system: You are a helpful assistant.
user:
Analyze the provided spectrum to determine if it is a **S-type Star**.

- **Key Indicators for S-type Star:**

    - **(Overall Spectrum Shape):** The first and most obvious characteristic is the overall continuum (the "baseline" shape). It is **extremely "red-sloping,"** meaning the flux (light intensity) is very low on the left side (blue, ~4000-4500 Å) and rises steeply and continuously toward the right side (red, ~7000 Å+).

    - **(Primary):** The spectrum is defined by the presence of strong, broad molecular absorption "valleys" (bands) from **Zirconium Oxide (ZrO)**. The identification of these bands is the **primary requirement** for classifying a star as S-type.
        - **(Key Bandheads):** You must find distinct, deep "dips" where the light has been absorbed. The most critical band systems to locate are:
            - **~6474 Å** ($\gamma$-system): This is often the strongest and clearest ZrO feature, found in the red part of the spectrum.
            - **~5718 Å** & **~5551 Å** ($\beta$-system): A pair of prominent absorption features in the yellow-orange part of the spectrum.
            - **~4640 Å** ($\alpha$-system): A key absorption band system in the blue-green region of the spectrum.

    - **(Secondary Confirmation):** The classification is strengthened by finding additional absorption bands from other related heavy element oxides, which are expected to be present alongside ZrO.
        - **(Key Bandheads):**
            - **Yttrium Oxide (YO):** Look for absorption dips near **~4800 Å** and **~6100 Å**.
            - **Lanthanum Oxide (LaO):** Additional absorption features, particularly in the red-orange part of the spectrum, are also characteristic.

    - **(Line Profile):** The combination of the steep red continuum and these numerous, deep molecular bands (ZrO, YO, etc.) gives the entire spectrum a very **"chopped-up"** or **"bumpy"** appearance. Instead of a smooth curve, the spectrum looks as though large, wide chunks of light have been "carved out" of it at the specific wavelengths listed above.

Think first, call **spectral_visualization_tool** if needed to examine features in detail, then provide your final answer. Your response must adhere to the following strict rules:
1.  **Overall Structure:** Your response must follow the format `<think>...</think> <tool_call>...</tool_call> (if a tool is used) <answer>...</answer>`.
2.  **Tool Usage Constraint:** You may only make **one** tool call per turn.
3.  **Final Answer Format:** In the `<answer>` tag, your conclusion must be inside a `\boxed{}` command (e.g., `\boxed{YES}` or `\boxed{NO}`), followed by your justification.

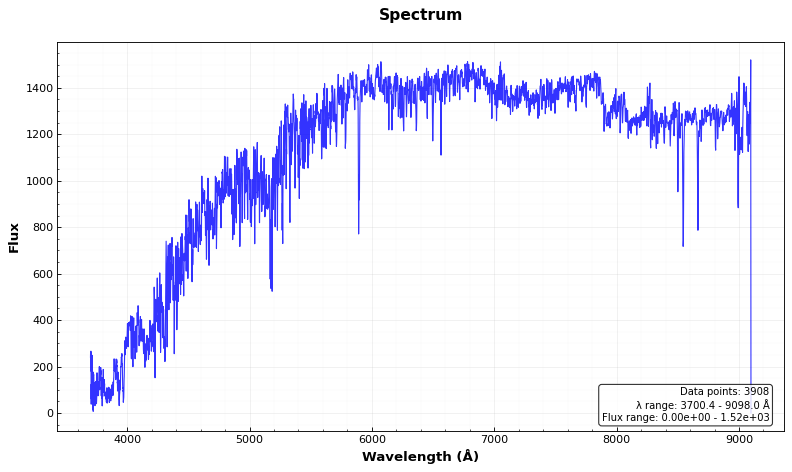
Answer: NO